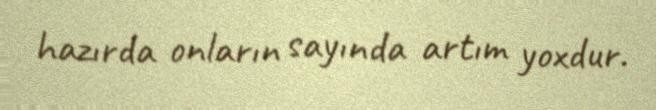
hazırda onların sayında artım yoxdur.